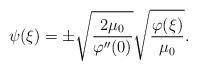
LaTeX: \begin{align*} \psi ( \xi ) = \pm \sqrt { \frac { 2 \mu _ 0 } { \varphi '' ( 0 ) } } \sqrt { \frac { \varphi ( \xi ) } { \mu _ 0 } } .\end{align*}